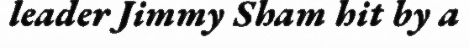
leader Jimmy Sham hit by a